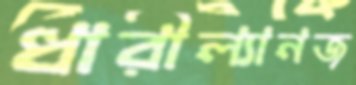
ধারীল্যানজ